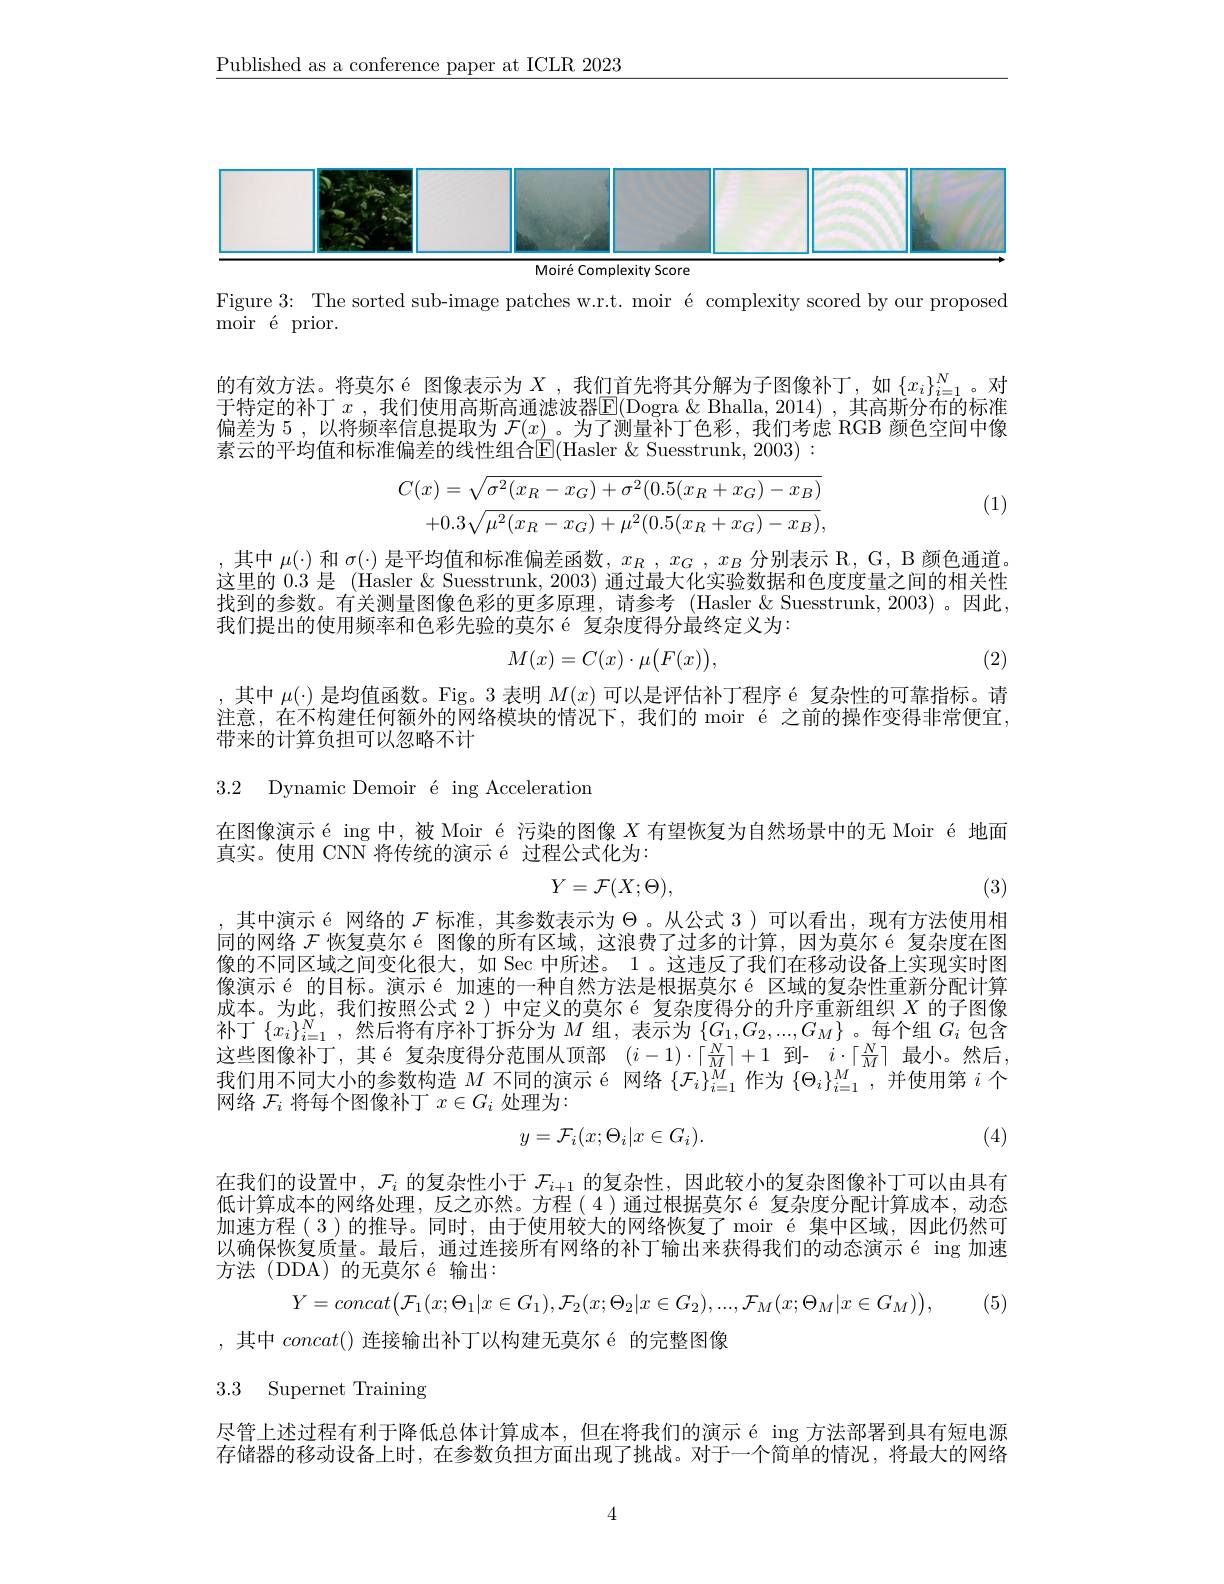
$\underline{\text{Published as a conference paper at ICLR 2023}}$

<FigureHere>
Moiré Complexity Score

Figure 3: The sorted sub-image patches w.r.t. moir é complexity scored by our proposed
moir é prior.

的有效方法。将莫尔 é 图像表示为$X$ ,我们首先将其分解为子图像补丁，如$\{x_i\}_{i=1}^N$。对于特定的补丁 $x$ ,我们使用高斯高通滤波器$\overline{\mathbb{E}}($Dogra &Bhalla, 2014) ,其高斯分布的标准偏差为 5 , 以将频率信息提取为$\mathcal{F}(x)$ 。为了测量补丁色彩，我们考虑 RGB 颜色空间中像素云的平均值和标准偏差的线性组合$\operatorname{E}($Hasler &Suesstrunk, 2003) :
$$C(x)=\sqrt{\sigma^{2}(x_{R}-x_{G})+\sigma^{2}(0.5(x_{R}+x_{G})-x_{B})}\\+0.3\sqrt{\mu^{2}(x_{R}-x_{G})+\mu^{2}(0.5(x_{R}+x_{G})-x_{B})},$$
(1)

,其中$\mu(\cdot)$和$\sigma(\cdot)$是平均值和标准偏差函数，$x_R,x_G,x_B$分别表示$\mathbb{R},\mathbb{G},\mathbb{B}$颜色通道。这里的 0.3 是 (Hasler & Suesstrunk, 2003) 通过最大化实验数据和色度度量之间的相关性找到的参数。有关测量图像色彩的更多原理，请参考 (Hasler &Suesstrunk, 2003) 。因此， 我们提出的使用频率和色彩先验的莫尔 é 复杂度得分最终定义为：
$$M(x)=C(x)\cdot\mu\big(F(x)\big),$$
(2)

,其中$\mu(\cdot)$是均值函数。Fig。3 表明$M( x) \text{可 以 是 评 估 补 丁 程 序 \' {e}复 杂 性 的 可 靠 指 标 。请 }$ 注意，在不构建任何额外的网络模块的情况下，我们的 moir é 之前的操作变得非常便宜， 带来的计算负担可以忽略不计

3.2 Dynamic Demoir é ing Acceleration

在图像演示 é ing 中，被 Moir é 污染的图像$X$有望恢复为自然场景中的无 Moir é 地面
真实。使用 CNN 将传统的演示 é 过程公式化为：
$$Y=\mathcal{F}(X;\Theta),$$
(3)

,其中演示 é 网络的$\mathcal{F}$标准，其参数表示为$\Theta$。从公式 3)可以看出，现有方法使用相同的网络$\mathcal{F}$恢复莫尔 é 图像的所有区域，这浪费了过多的计算，因为莫尔 é 复杂度在图像的不同区域之间变化很大，如 Sec 中所述。1 。这违反了我们在移动设备上实现实时图像演示 é 的目标。演示 é 加速的一种自然方法是根据莫尔 é 区域的复杂性重新分配计算成本。为此，我们按照公式 2)中定义的莫尔 é 复杂度得分的升序重新组织$X$的子图像补丁$\{x_i\}_{i=1}^N$,然后将有序补丁拆分为$M$组，表示为$\{G_1,G_2,...,G_M\}$。每个组$G_i$包含这些图像补丁，其é复杂度得分范围从顶部$(i-1)\cdot\lceil\frac NM\rceil+1$到- $i\cdot\lceil\frac NM\rceil$最小。然后， 我们用不同大小的参数构造$M$不同的演示 é 网络$\{\mathcal{F}_i\}_i=1^{\widetilde{M}}$作为$\{\Theta_i\}_i=1^M$ ,并使用第$i$个网络$\mathcal{F}_i$将每个图像补丁$x\in G_i$处理为：

(4)
$$y=\mathcal{F}_i(x;\Theta_i|x\in G_i).$$
在我们的设置中，$\mathcal{F}_i$的复杂性小于$\mathcal{F}_i+1$的复杂性，因此较小的复杂图像补丁可以由具有低计算成本的网络外理。反之亦然。方程(4)通讨根据草尔é 复杂度分配计算成本。动态加速方程(3)的推导。同时，由于使用较大的网络恢复了 moir é 集中区域，因此仍然可以确保恢复质量。最后，通过连接所有网络的补丁输出来获得我们的动态演示 é ing 加速方法(DDA)的无莫尔é输出：
$$Y=concat\big(\mathcal{F}_1(x;\Theta_1|x\in G_1),\mathcal{F}_2(x;\Theta_2|x\in G_2),...,\mathcal{F}_M(x;\Theta_M|x\in G_M)\big),$$
,其中$concat()$连接输出补丁以构建无莫尔 é 的完整图像

# 3.3 Supernet Training

尽管上述过程有利于降低总体计算成本，但在将我们的演示 é ing 方法部署到具有短电源存储器的移动设备上时，在参数负担方面出现了挑战。对于一个简单的情况，将最大的网络

4